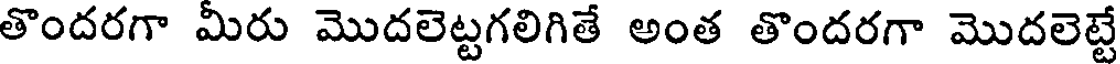
తొందరగా మీరు మొదలెట్టగలిగితే అంత తొందరగా మొదలెట్టే